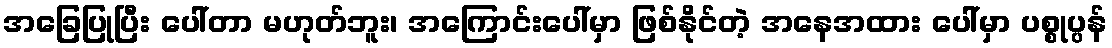
အခြေပြုပြီး ပေါ်တာ မဟုတ်ဘူး၊ အကြောင်းပေါ်မှာ ဖြစ်နိုင်တဲ့ အနေအထား ပေါ်မှာ ပစ္စုပ္ပန်